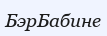
БэрБабине